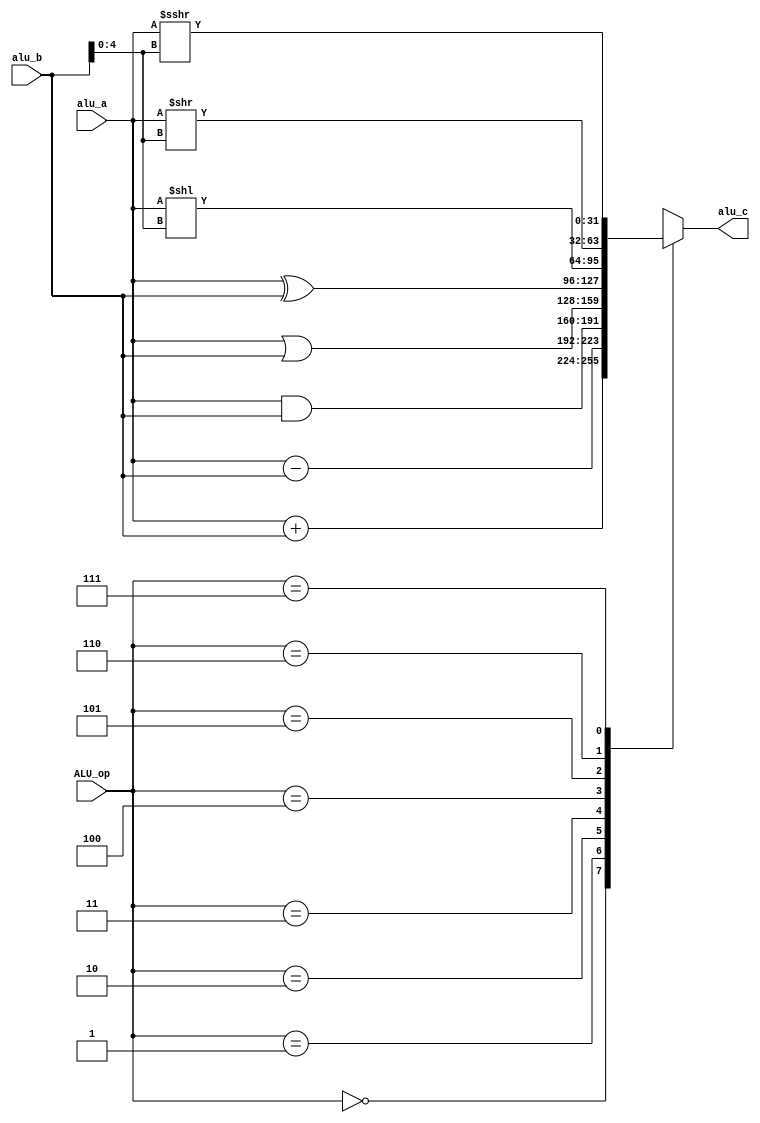
module ALU(
    input      [31:0] alu_a,
    input      [31:0] alu_b,
    input      [2:0]  ALU_op,
    output reg [31:0] alu_c
);

parameter ADD = 3'b000, 
          SUB = 3'b001, 
          AND = 3'b010, 
          OR  = 3'b011, 
          XOR = 3'b100, 
          SLL = 3'b101, 
          SRL = 3'b110, 
          SRA = 3'b111;

reg [31:0] alu_b_current;
          
always @(*) begin
    // ALU operations
    case(ALU_op)
        ADD: alu_c = $signed(alu_a) + $signed(alu_b);
        SUB: alu_c = $signed(alu_a) - $signed(alu_b);
        AND: alu_c = alu_a & alu_b;
        OR : alu_c = alu_a | alu_b;
        XOR: alu_c = alu_a ^ alu_b;
        // **Shift up to 32 bits!!!**
        SLL: alu_c = $signed(alu_a) << alu_b[4:0];
        SRL: alu_c = $signed(alu_a) >> alu_b[4:0];
        SRA: alu_c = $signed(alu_a) >>> alu_b[4:0];
        default: alu_c = 32'b0;
    endcase
end

endmodule